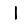
Digit: 1